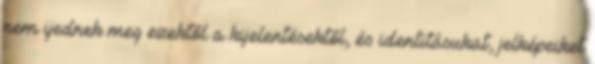
nem ijednek meg ezektől a kijelentésektől, és identitásukat, jelképeiket